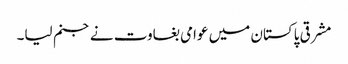
مشرقی پاکستان میں عوامی بغاوت نے جنم لیا۔